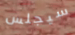
سيجلس